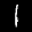
Label: 1